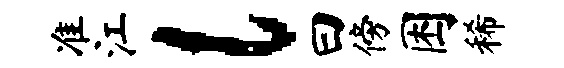
准江l曰傍困稀